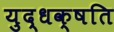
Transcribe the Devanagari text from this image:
युद्धक्षति